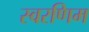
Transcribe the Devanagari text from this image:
स्वरणिम